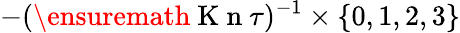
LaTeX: -(\ensuremath{\mathrm{~K~n~}}\tau)^{-1}\times\{ 0,1,2,3\}